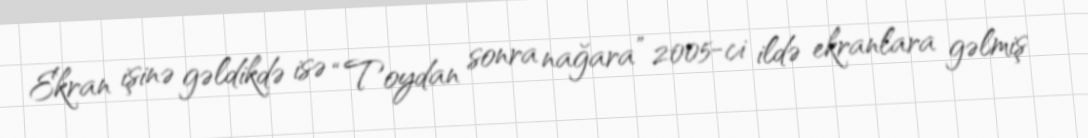
Ekran işinə gəldikdə isə “Toydan sonra nağara” 2005-ci ildə ekranlara gəlmiş